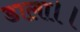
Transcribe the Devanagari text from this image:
डाला।।